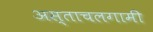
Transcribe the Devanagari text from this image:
अस्ताचलगामी